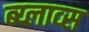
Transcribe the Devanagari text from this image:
ब्य्लाव्स